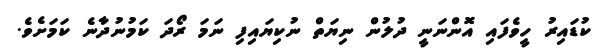
ކުޑައިރު ހީވެފައި އޮންނަނީ ދުލުން ނިޔަތް ނުކިޔައިފި ނަމަ ރޯދަ ކަމުނުދާނެ ކަމަށެވެ.